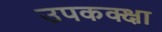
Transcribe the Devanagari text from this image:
उपकक्क्षा